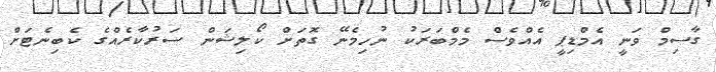
ގާސިމް ވަނީ އެމްޑިޕީ އެއްވެސް މެމްބަރަކު ނުހިމެނޭ ގޮތަށް ކޯލިޝަން ސަރުކާރެއްގެ ކެބިނެޓަށް